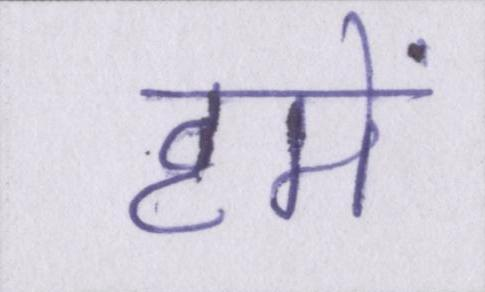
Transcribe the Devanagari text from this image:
हमें